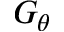
G _ { \theta }